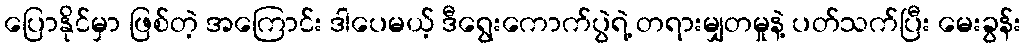
ပြောနိုင်မှာ ဖြစ်တဲ့ အကြောင်း ဒါပေမယ့် ဒီရွေးကောက်ပွဲရဲ့ တရားမျှတမှုနဲ့ ပတ်သက်ပြီး မေးခွန်း